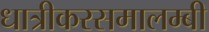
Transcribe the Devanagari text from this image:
धात्रीकरसमालम्बी